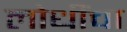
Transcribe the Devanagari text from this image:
लोधींचा